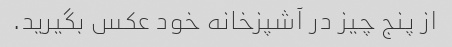
از پنج چیز در آشپزخانه خود عکس بگیرید.